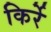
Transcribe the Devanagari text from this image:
किर्रे